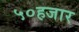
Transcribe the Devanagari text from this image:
५०हजार